Report on the cultivation of protesoma, Labbé, in grey mosquitoes
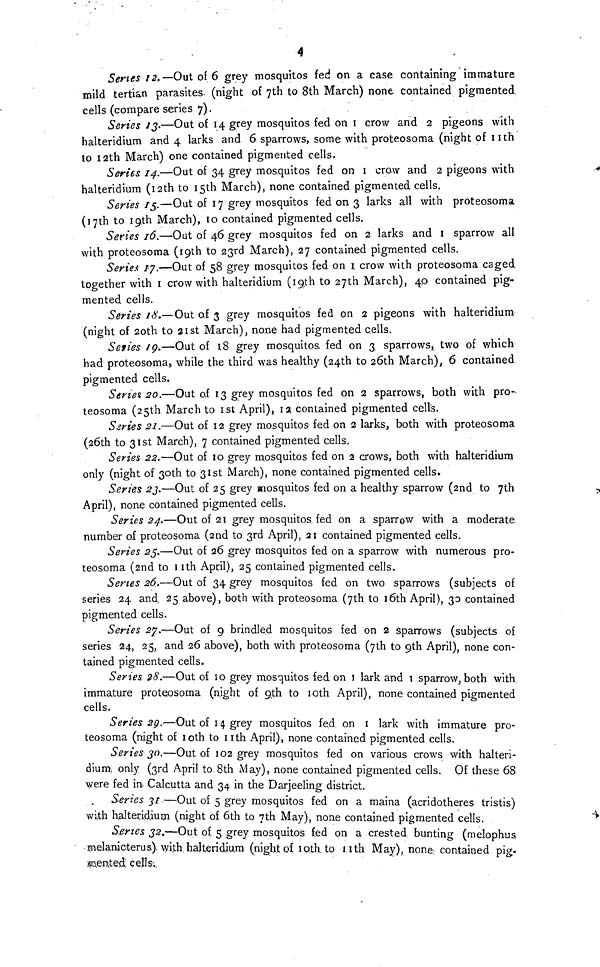
4
Senes 12. —Out of 6 grey mosquitos fed on a case containing immature
mild tertian parasites. (night of 7th to 8th March) none contained pigmented.
cells (compare series 7).
Senes 13.—Out of 14 grey mosquitos fed on I crow and 2 pigeons with
halteridium and 4 larks and 6 sparrows, some with proteosoma (night of 11th
to 12th March) one contained pigmented cells.
Series 14.—Out of 34 grey mosquitos fed on I crow and 2 pigeons with
halteridium (12th to 15th March), none contained pigmented cells.
Series 15.—Out of 17 grey mosquitos fed on 3 larks all with proteosoma
(17th to 19th March), 10 contained pigmented cells.
Series 16.—Out of 46 grey mosquitos fed on 2 larks and I sparrow all
with proteosoma (19th to 23rd March), 27 contained pigmented cells.
Series 17.—Out of 58 grey mosquitos fed on I crow with proteosoma caged
together with I crow with halteridium (19th to 27th March), 40 contained pig-
mented cells.
Series 18.—Out of 3 grey mosquitos fed on 2 pigeons with halteridium
(night of 2oth to 21st March), none had pigmented cells.
Series 19.—Out of 18 grey mosquitos fed on 3 sparrows, two of which
had proteosoma, while the third was healthy (24th to 26th March), 6 contained
pigmented cells.
Series 20.—Out of 13 grey mosquitos fed on 2 sparrows, both with pro-·
teosoma (25th March to 1st April), 12 contained pigmented celt's.
Series 21.—Out of 12 grey mosquitos fed on 2 larks, both with proteosoma
(26th to 31st March), 7 contained pigmented cells.
Series 22.—Out of 10 grey mosquitos fed on 2 crows, both with halteridium
only (night of 3oth to 31st March), none contained pigmented cells.
Series 23.—Out of 25 grey mosquitos fed on a healthy sparrow (2nd to 7th
April), none contained pigmented cells.
Series 24.—Out of 21 grey mosquitos. fed on a sparrow with a moderate
number of proteosoma (2nd to 3rd April), 21 contained pigmented cells.
Series 25.—Out of 26 grey mosquitos fed on a sparrow with numerous pro-
teosoma (2nd to 11th April), 25 contained pigmented cells.
Series 26.—Out of 34 grey mosquitos fed on two sparrows (subjects of
series 24 and 25 above), both with proteosoma (7th to 10th April), 30 contained
pigmented cells.
Series 27.—Out of 9 brindled mosquitos fed on 2 sparrows (subjects of
series 24, 25, and 26 above), both with proteosoma (7th to 9th April), none con-
tained pigmented cells.
Series 28.—Out of 10 grey mosquitos fed on 1 lark and 1 sparrow, both with
immature proteosoma (night of 9th to 10th April), none contained pigmented
cells,
Series 29.—Out of 14 grey mosquitos fed on 1 lark with immature pro-
teosoma (night of 10th to 11th April), none contained pigmented cells.
Series 30.—Out of 102 grey mosquitos fed on various crows with halteri-
dium, only (3rd April to 8th May), none contained pigmented cells. Of these 68
were fed in Calcutta and 34 in the Darjeeling district.
Series 31 —Out of 5 grey mosquitos fed on a maina (acridotheres tristis)
with halteridium (night of 6th to 7th May), none contained pigmented cells.
Series 32.—Out of 5. grey mosquitos fed on a crested bunting (melophus,
melanicterus) with.halteridium (night of 10th to 11th May), none contained pig.
\ill\ented cells.